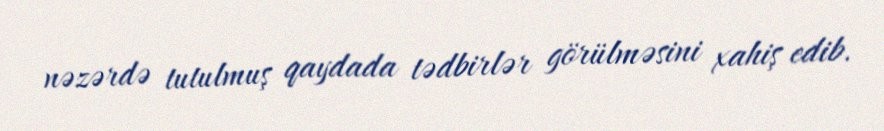
nəzərdə tutulmuş qaydada tədbirlər görülməsini xahiş edib.